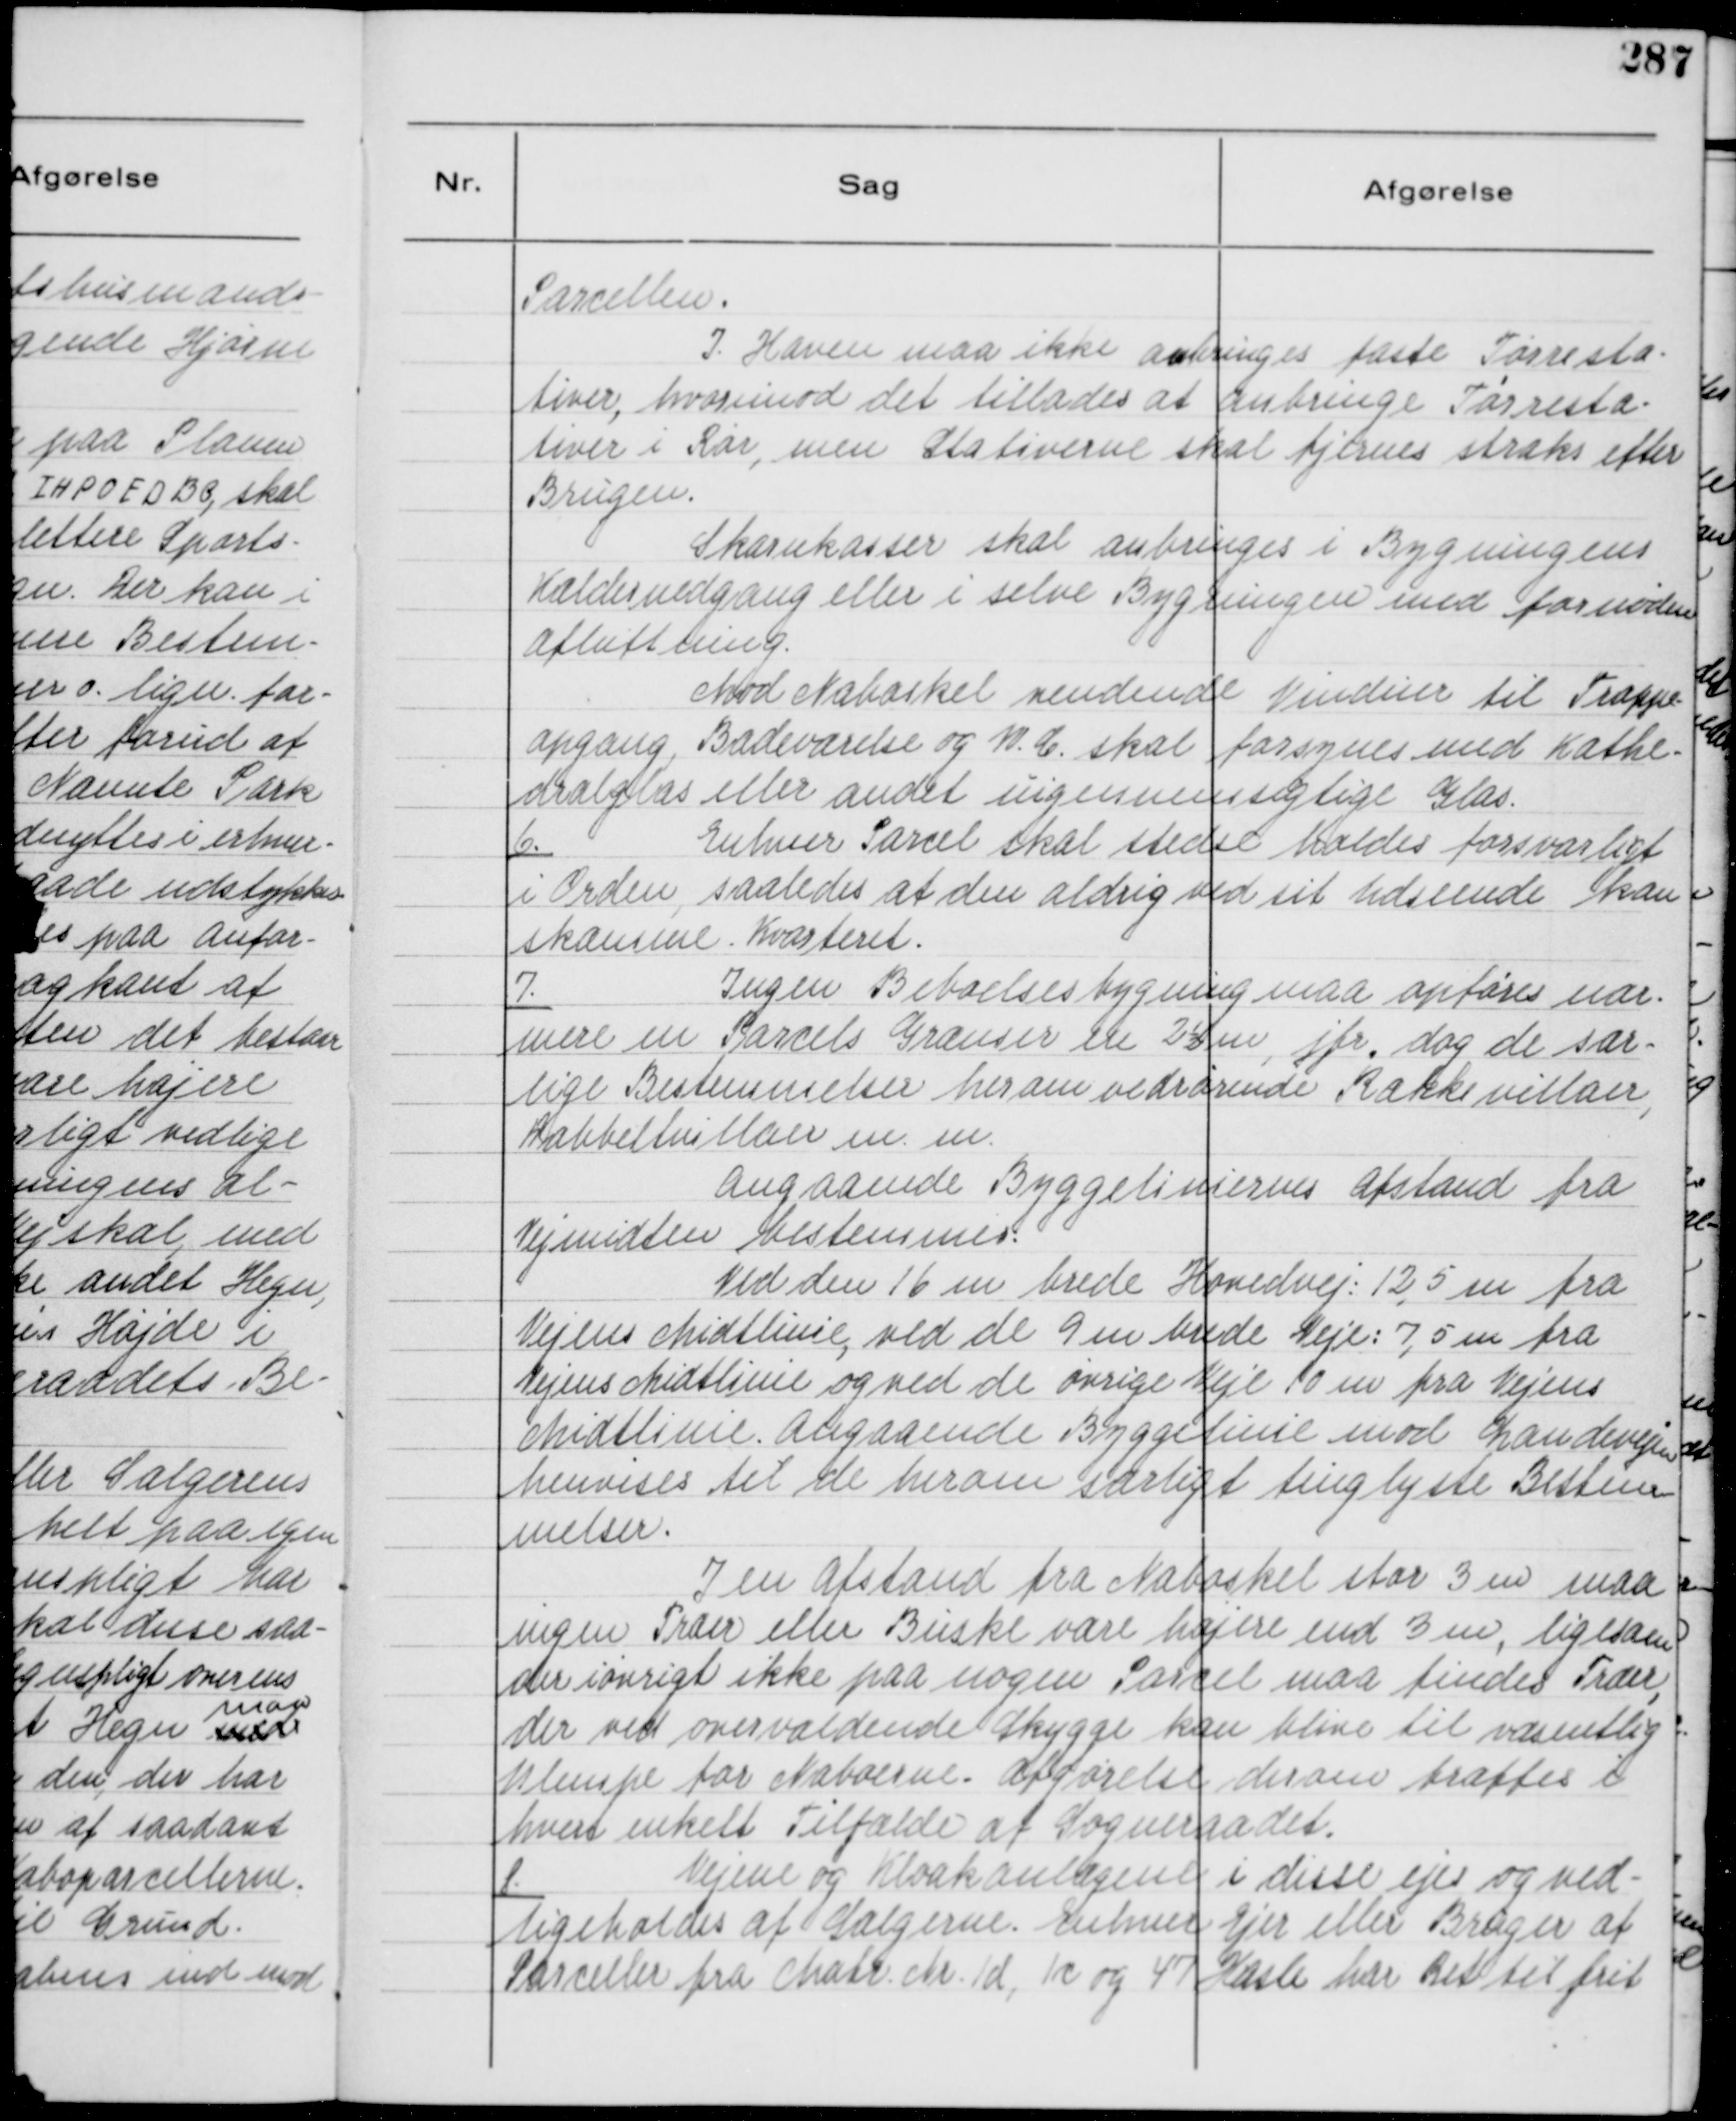
Transskription:
Parcellen.
I . Haven maa ikke anbringes faste Tørresta-
tiver, hvorimod det tillades at anbringe Tørresta-
tiver i Rør, men Stativerne skal fjernes straks efter
Brugen.
Skarnkasser skal anbringes i Bygningens
Kældernedgang eller i selve Bygningen med fornøden
Afluttning.
Mod Naboskel vendende Vinduer til Trappe-
opgang, Badeværelse og W.C. skal forsynes med Kathe-
dralglas eller andet uigennemsigtige Glas.

6.
Enhver Parcel skal stedse holdes forsvarligt
i Orden, saaledes at den aldrig ved sit udseende kan
skæmme . Kvarteret.

7.
Ingen Beboelsesbygning maa opføres nær-
mere en Parcels Grænser en 2½ m, jfr. dog de sær-
lige Bestemmelser herom vedrørende Rækkevillaer,
Dobbeltvillaer m. m.
Angaaende Byggeliniernes Afstand fra
Vejmidten Bestemmes.
Ved den 16 m brede Hovedvej: 12,5 m fra
Vejens Midtlinie, ved de 9 m brede Veje: 7,5 m fra
Vejens Midtlinie og ved de øvrige Veje 10 m fra Vejens
Midtlinie. Angaaende Byggelinie mod Landevejen
henvises til de herom sæligt tinglyste Bestem-
melser.
I en Afstand fra paa Naboskel stor 3 m maa
ingen Træer eller Buske være højere end 3 m, ligesom
der iøvrigt ikke paa nogen Parcel maa findes Træer,
der ved overvældende Skygge kan blive til væsentlig
Ulempe for Naboerne. Afgørelse derom træffes i
hvert enkelt Tilfælde af Sogneraadet.

8.
Vejene og Kloakanlægene i disse ejes og ved-
ligeholdes af Sælgerne. Enhver ejer eller Bruger af
Parceller fra Matr. 1 d, 1 c og 47 Hasle har Ret til frit